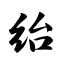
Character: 绐